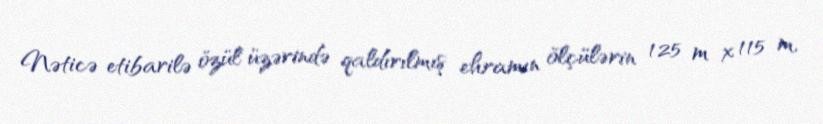
Nəticə etibarilə özül üzərində qaldırılmış ehramın ölçülərin 125 m x 115 m,